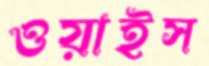
ওয়াইস